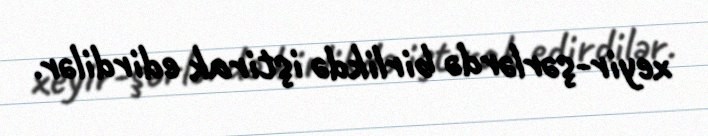
xeyir-şərlərdə birlikdə iştirak edirdilər.